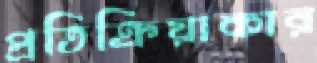
প্রতিক্রিয়াকার